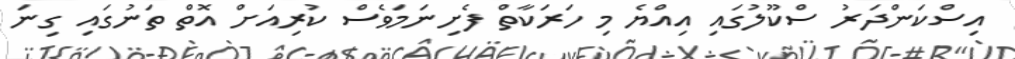
އިސްކަންދަރު ސްކޫލުގައި އިއްޔެ މި ހަރަކާތް ފެށިނަމަވެސް ކުރިއަށް އޮތް ތަނުގައި ގިނަ